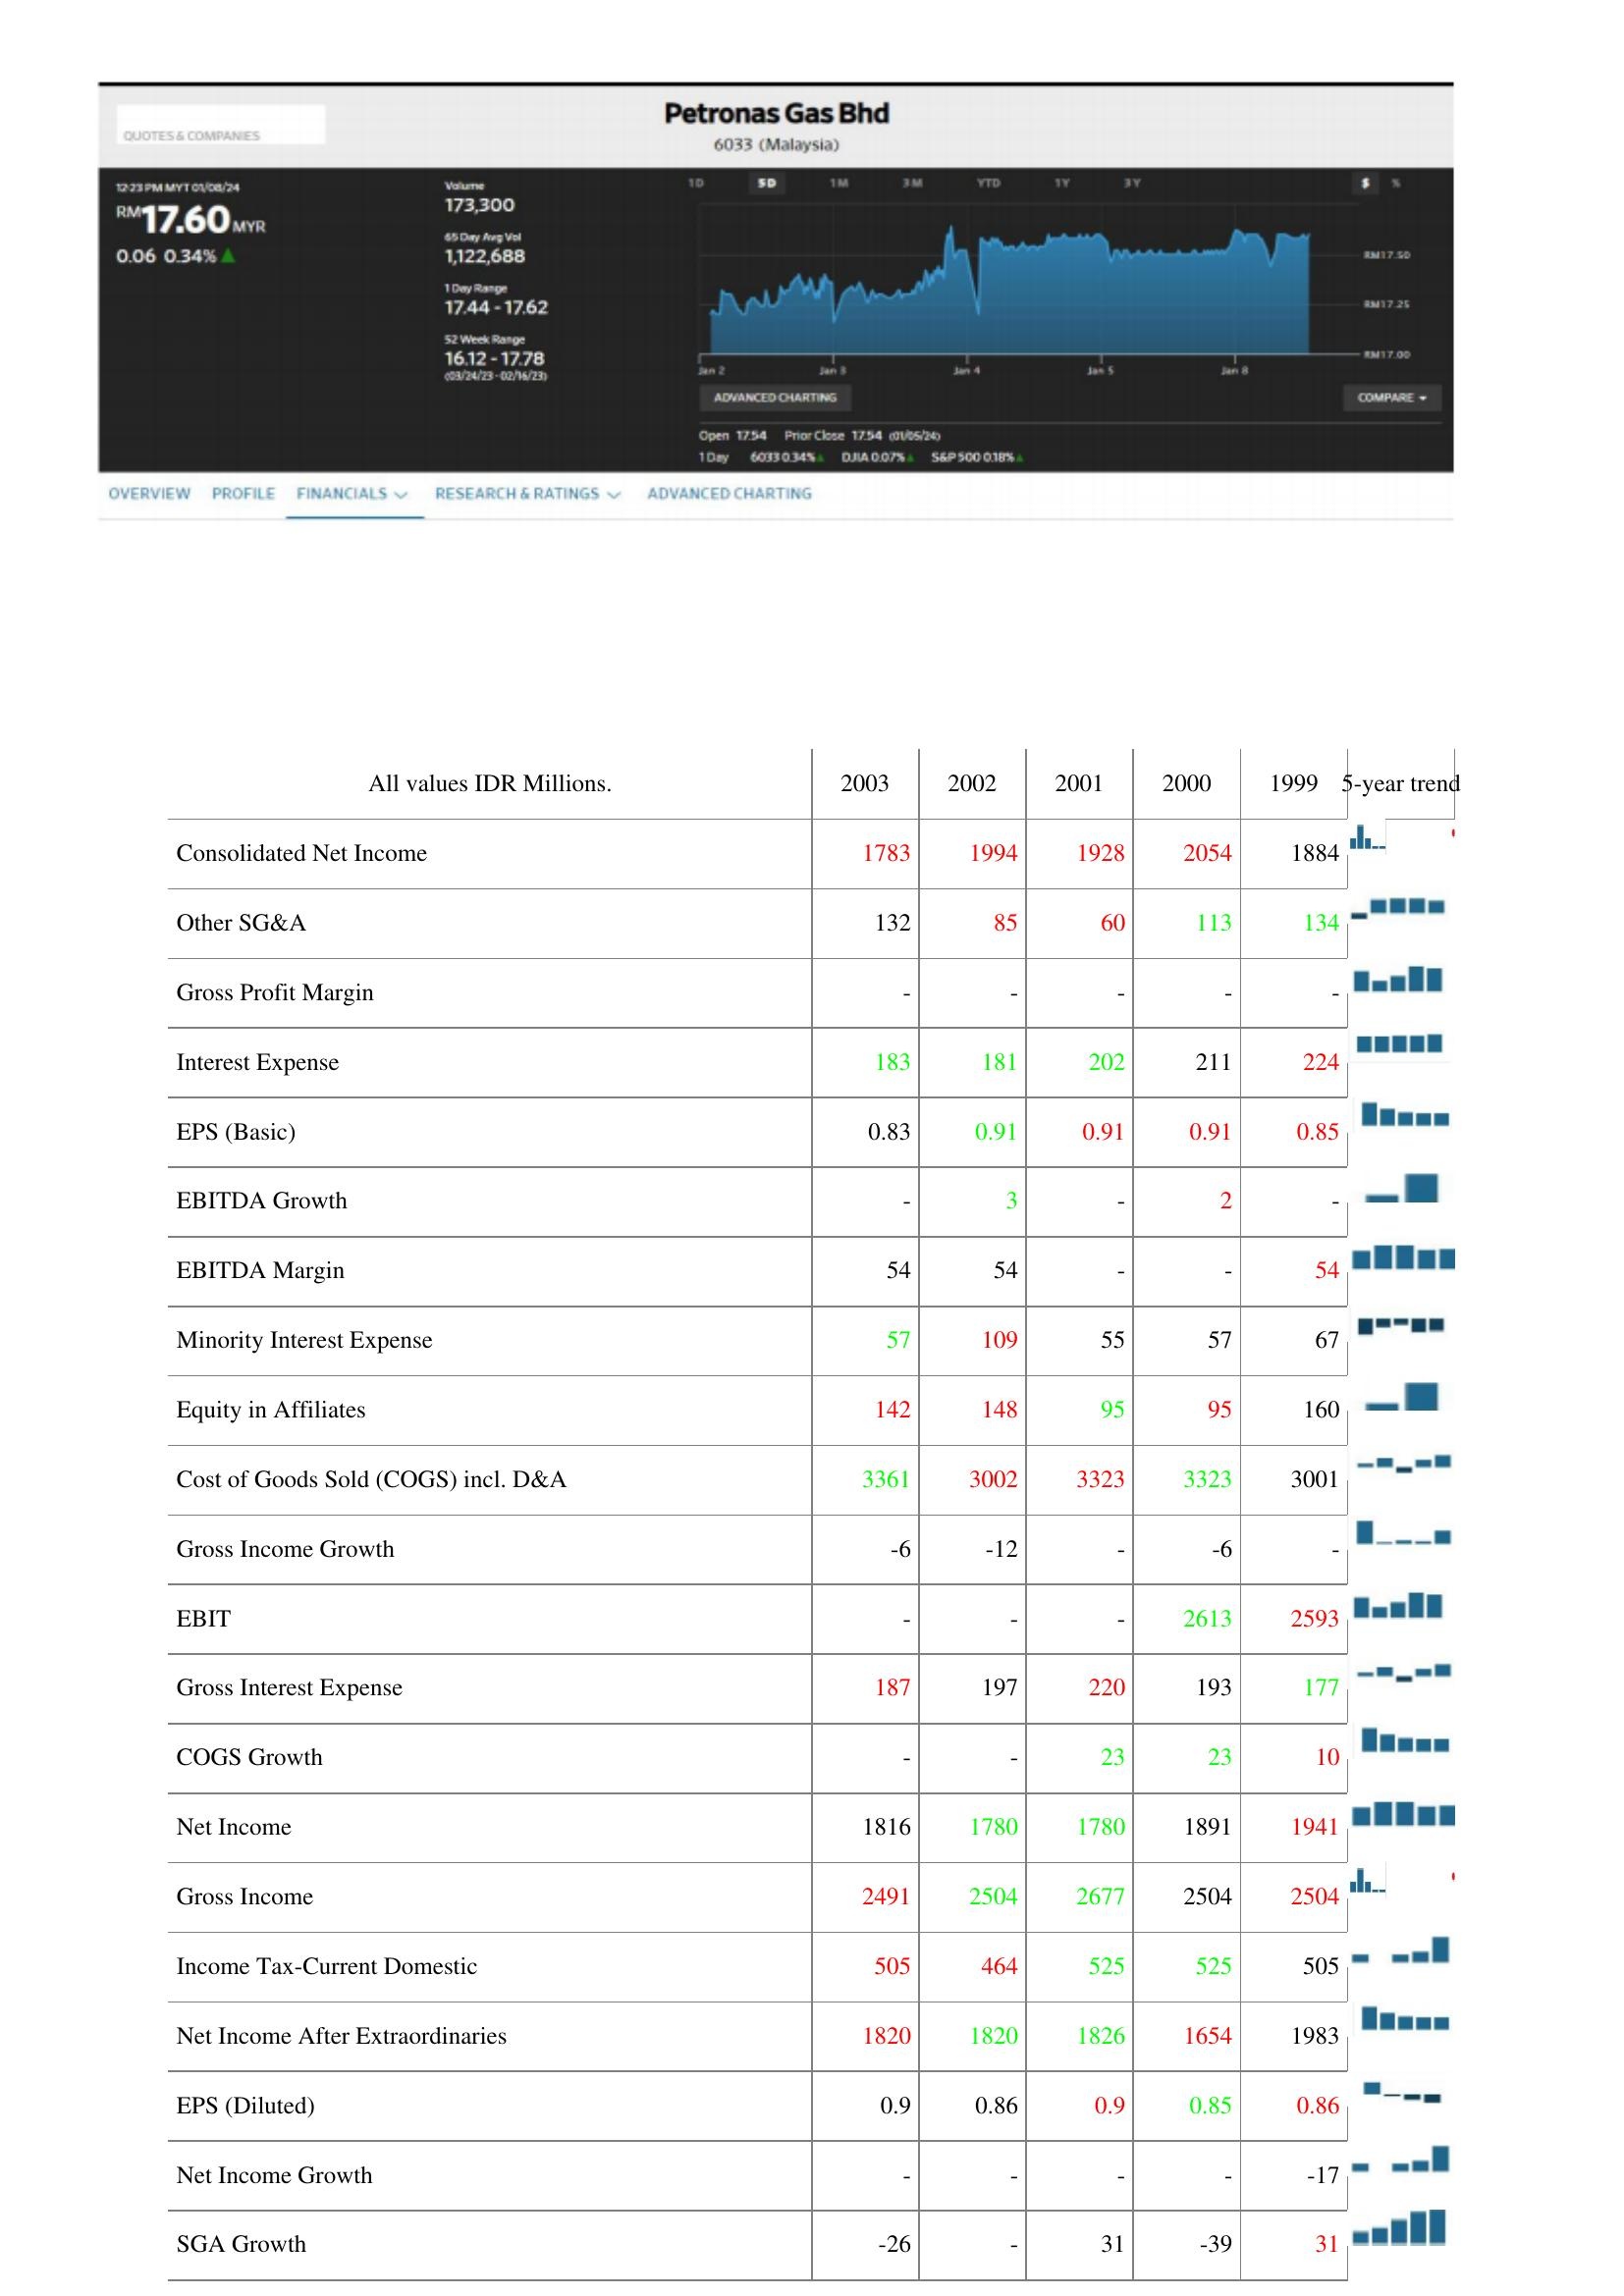
2003: : Consolidated Net Income: 1783
Other SG&A: 132
Gross Profit Margin: -
Interest Expense: 183
EPS (Basic): 0.83
EBITDA Growth: -
EBITDA Margin: 54
Minority Interest Expense: 57
Equity in Affiliates: 142
Cost of Goods Sold (COGS) incl. D&A: 3361
Gross Income Growth: -6
EBIT: -
Gross Interest Expense: 187
COGS Growth: -
Net Income: 1816
Gross Income: 2491
Income Tax-Current Domestic: 505
Net Income After Extraordinaries: 1820
EPS (Diluted): 0.9
Net Income Growth: -
SGA Growth: -26
2002: : Consolidated Net Income: 1994
Other SG&A: 85
Gross Profit Margin: -
Interest Expense: 181
EPS (Basic): 0.91
EBITDA Growth: 3
EBITDA Margin: 54
Minority Interest Expense: 109
Equity in Affiliates: 148
Cost of Goods Sold (COGS) incl. D&A: 3002
Gross Income Growth: -12
EBIT: -
Gross Interest Expense: 197
COGS Growth: -
Net Income: 1780
Gross Income: 2504
Income Tax-Current Domestic: 464
Net Income After Extraordinaries: 1820
EPS (Diluted): 0.86
Net Income Growth: -
SGA Growth: -
2001: : Consolidated Net Income: 1928
Other SG&A: 60
Gross Profit Margin: -
Interest Expense: 202
EPS (Basic): 0.91
EBITDA Growth: -
EBITDA Margin: -
Minority Interest Expense: 55
Equity in Affiliates: 95
Cost of Goods Sold (COGS) incl. D&A: 3323
Gross Income Growth: -
EBIT: -
Gross Interest Expense: 220
COGS Growth: 23
Net Income: 1780
Gross Income: 2677
Income Tax-Current Domestic: 525
Net Income After Extraordinaries: 1826
EPS (Diluted): 0.9
Net Income Growth: -
SGA Growth: 31
2000: : Consolidated Net Income: 2054
Other SG&A: 113
Gross Profit Margin: -
Interest Expense: 211
EPS (Basic): 0.91
EBITDA Growth: 2
EBITDA Margin: -
Minority Interest Expense: 57
Equity in Affiliates: 95
Cost of Goods Sold (COGS) incl. D&A: 3323
Gross Income Growth: -6
EBIT: 2613
Gross Interest Expense: 193
COGS Growth: 23
Net Income: 1891
Gross Income: 2504
Income Tax-Current Domestic: 525
Net Income After Extraordinaries: 1654
EPS (Diluted): 0.85
Net Income Growth: -
SGA Growth: -39
1999: : Consolidated Net Income: 1884
Other SG&A: 134
Gross Profit Margin: -
Interest Expense: 224
EPS (Basic): 0.85
EBITDA Growth: -
EBITDA Margin: 54
Minority Interest Expense: 67
Equity in Affiliates: 160
Cost of Goods Sold (COGS) incl. D&A: 3001
Gross Income Growth: -
EBIT: 2593
Gross Interest Expense: 177
COGS Growth: 10
Net Income: 1941
Gross Income: 2504
Income Tax-Current Domestic: 505
Net Income After Extraordinaries: 1983
EPS (Diluted): 0.86
Net Income Growth: -17
SGA Growth: 31